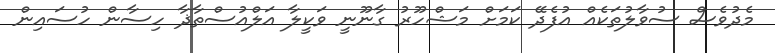
މެދުވެސް ސުވާލުތަކެއް އުފެދޭ ކަމަށް މަޝްހޫރު ގާނޫނީ ވަކީލާ އަލްއުސްތާޛާ ހިސާން ހުސައިން